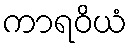
ကာရဝိယံ